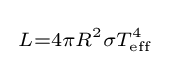
{\begin{smallmatrix}L=4\pi R^{2}\sigma T_{\rm {eff}}^{4}\end{smallmatrix}}